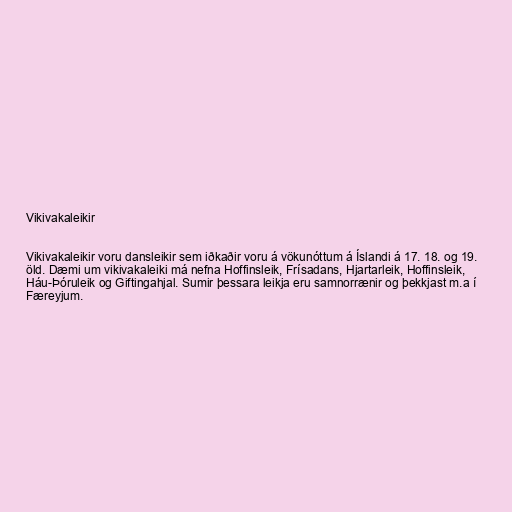
Vikivakaleikir

Vikivakaleikir voru dansleikir sem iðkaðir voru á vökunóttum á Íslandi á 17. 18. og 19.
öld. Dæmi um vikivakaleiki má nefna Hoffinsleik, Frísadans, Hjartarleik, Hoffinsleik,
Háu-Þóruleik og Giftingahjal. Sumir þessara leikja eru samnorrænir og þekkjast m.a í
Færeyjum.